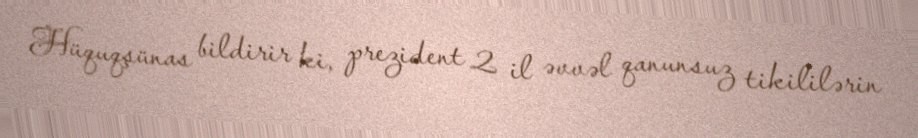
Hüquqşünas bildirir ki, prezident 2 il əvvəl qanunsuz tikililərin